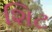
શિટ